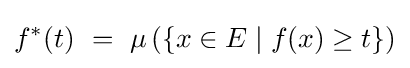
f^{*}(t)\ =\ \mu \left(\{x\in E\mid f(x)\geq t\}\right)